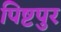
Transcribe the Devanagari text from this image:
पिष्टपुर